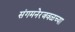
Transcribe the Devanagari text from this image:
संगमनेरजवळच्या